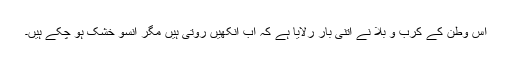
اس وطن کے کرب و بلا نے اتنی بار رلایا ہے کہ اب آنکھیں روتی ہیں مگر آنسو خشک ہو چکے ہیں۔